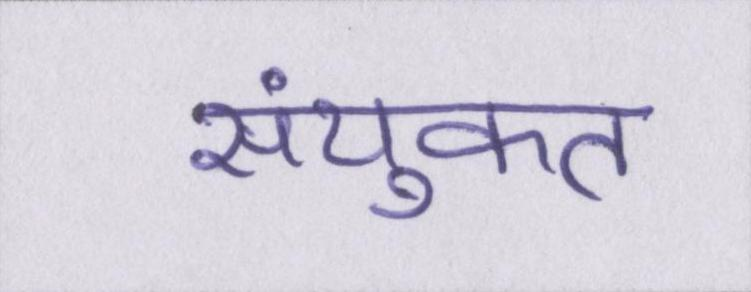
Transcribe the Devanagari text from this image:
संयुक्त